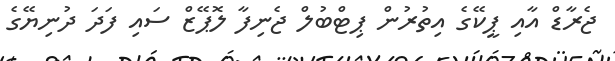
ޖެރާޑް އާއި ޕީކޭގެ އިތުރުން ޕިޓްބުލް ޖެނިފާ ލޮޕޭޒް ސައި ފަދަ ދުނިޔޭގެ